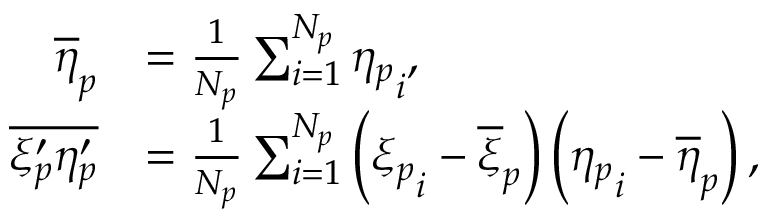
\begin{array} { r l } { \overline { { \eta } } _ { p } } & { = \frac { 1 } { N _ { p } } \sum _ { i = 1 } ^ { N _ { p } } { \eta _ { p } } _ { i } , } \\ { \overline { { \xi _ { p } ^ { \prime } \eta _ { p } ^ { \prime } } } } & { = \frac { 1 } { N _ { p } } \sum _ { i = 1 } ^ { N _ { p } } \left( { \xi _ { p } } _ { i } - \overline { { \xi } } _ { p } \right) \left( { \eta _ { p } } _ { i } - \overline { { \eta } } _ { p } \right) , } \end{array}